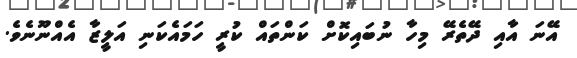
އޭނަ އާއި ދޭތެރޭ މިހާ ނުބައިކޮށް ކަންތައް ކުރީ ހަމައެކަނި އަލީޒާ އެއްނޫނެވެ.